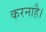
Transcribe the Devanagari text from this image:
करनाहै।